Code of medical and sanitary regulations for the guidance of medical officers serving in the Madras Presidency - Volume II
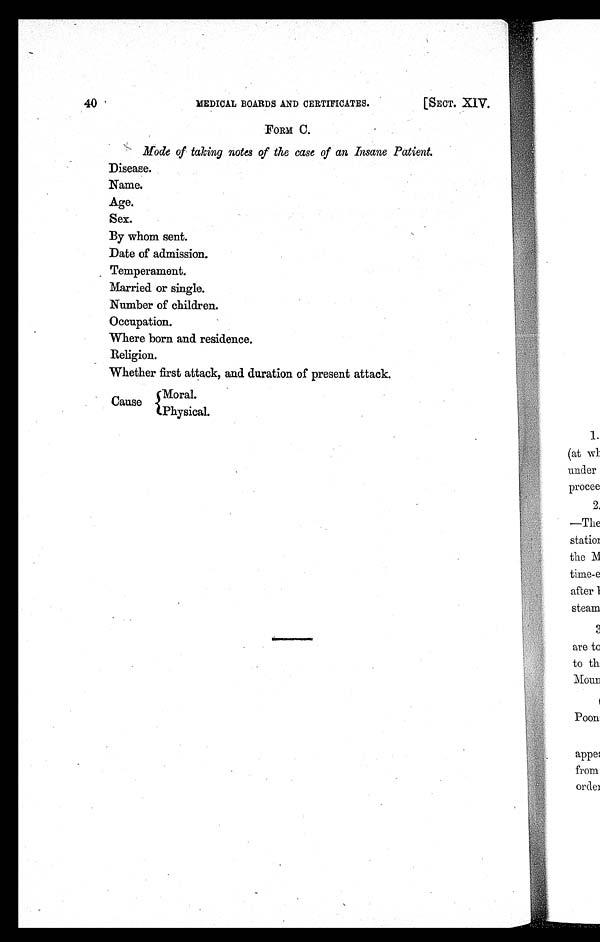
MEDICAL BOARDS AND CERTIFICATES.
[SECT. XIV.
40
FORM C.
Mode of taking notes of the case of an, Insane Patient.
Disease.
Name.
Age.
Sex.
By whom sent.
Date of admission.
Temperament.
Married or single.
Number of children.
Occupation.
Where born and residence.
Religion.
Whether first attack, and duration of present attack.
Cause Moral.
Physical.